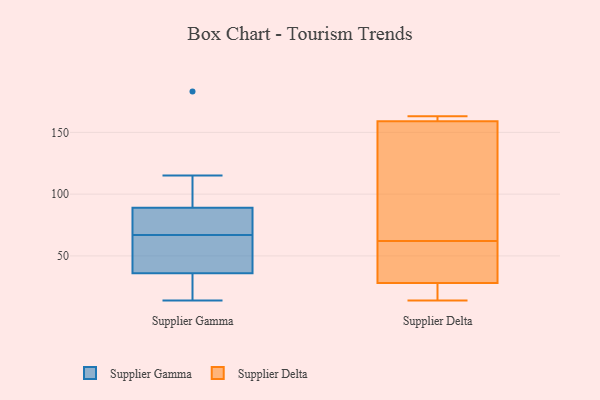
{"axis": {"x": "Waste Production (Tons)", "y": "Value"}, "legend": ["Supplier Delta", "Supplier Gamma"], "data": [{"x": "", "y": 89, "type": "Supplier Gamma"}, {"x": "", "y": 14, "type": "Supplier Gamma"}, {"x": "", "y": 49, "type": "Supplier Gamma"}, {"x": "", "y": 115, "type": "Supplier Gamma"}, {"x": "", "y": 86, "type": "Supplier Gamma"}, {"x": "", "y": 75, "type": "Supplier Gamma"}, {"x": "", "y": 59, "type": "Supplier Gamma"}, {"x": "", "y": 36, "type": "Supplier Gamma"}, {"x": "", "y": 24, "type": "Supplier Gamma"}, {"x": "", "y": 183, "type": "Supplier Gamma"}, {"x": "", "y": 156, "type": "Supplier Delta"}, {"x": "", "y": 41, "type": "Supplier Delta"}, {"x": "", "y": 161, "type": "Supplier Delta"}, {"x": "", "y": 160, "type": "Supplier Delta"}, {"x": "", "y": 40, "type": "Supplier Delta"}, {"x": "", "y": 21, "type": "Supplier Delta"}, {"x": "", "y": 62, "type": "Supplier Delta"}, {"x": "", "y": 24, "type": "Supplier Delta"}, {"x": "", "y": 163, "type": "Supplier Delta"}, {"x": "", "y": 64, "type": "Supplier Delta"}, {"x": "", "y": 14, "type": "Supplier Delta"}]}